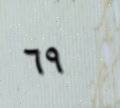
٦٩